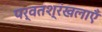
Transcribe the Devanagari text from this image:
पर्वतश्रंखलाएँ